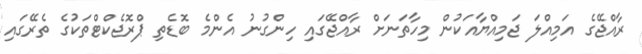
ރާއްޖޭގެ އަމިއްލަ ޖަމިއްޔާއަކުން މިހާތަނަށް ރާއްޖޭގައި ހިންގުނު އެންމެ ބޮޑެތި ޕްރޮޖެކްޓްތަކުގެ ތެރޭގައި